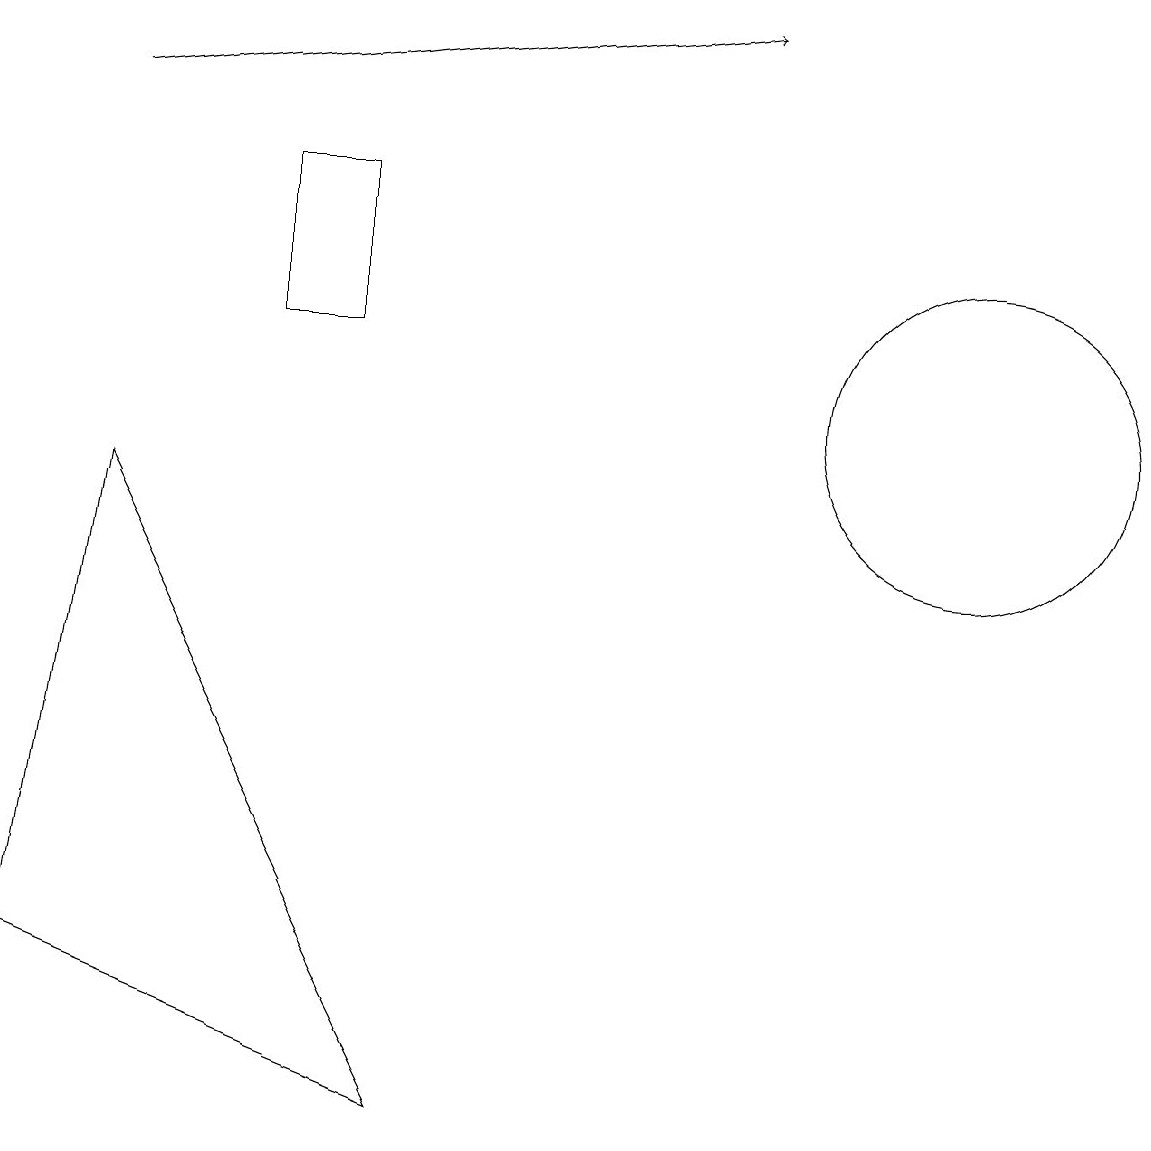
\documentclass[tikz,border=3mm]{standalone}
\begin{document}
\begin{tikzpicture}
\draw (12,10) circle (2);
\draw (0,3) -- (1,9) -- (5,1) -- cycle;
\draw[->] (1,14) -- (9,15);
\draw (3,11) rectangle (4,13);
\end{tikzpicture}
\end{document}